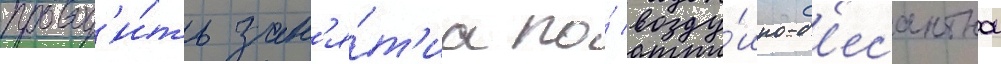
провод'и́ть зан'я́т'иа по́ возду́шно-д'есантнои